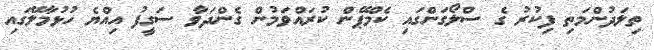
ތިލަދުންމަތި ފިކުރު ގެ ސްލޯގަންގައި ކެމްޕޭން ކުރައްވަމުން ގެންދަވާ ސަގީފު އިއްޔެ ހުޅުމާލޭގައި